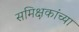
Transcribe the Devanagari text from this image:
समिक्षकांच्या